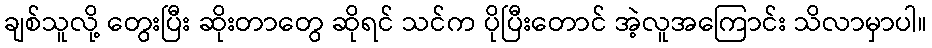
ချစ်သူလို့ တွေးပြီး ဆိုးတာတွေ ဆိုရင် သင်က ပိုပြီးတောင် အဲ့လူအကြောင်း သိလာမှာပါ။